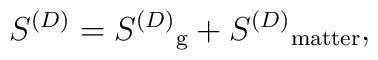
S^{(D)} = {S^{(D)}}_{\rm g} + {S^{(D)}}_{\rm matter},